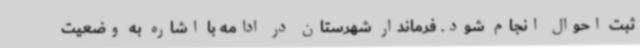
ثبت احوال انجام شود. فرماندار شهرستان در ادامه با اشاره به وضعیت